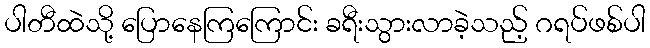
ပါတီထဲသို့ ပြောနေကြကြောင်း ခရီးသွားလာခဲ့သည့် ဂရပ်ဖစ်ပါ